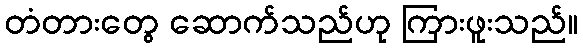
တံတားတွေ ဆောက်သည်ဟု ကြားဖူးသည်။